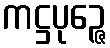
ကဋ္ဌပုဉ္ဇေ